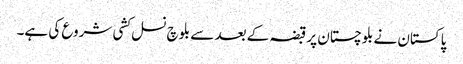
پاکستان نے بلوچستان پر قبضہ کے بعد سے بلوچ نسل کشی شروع کی ہے۔